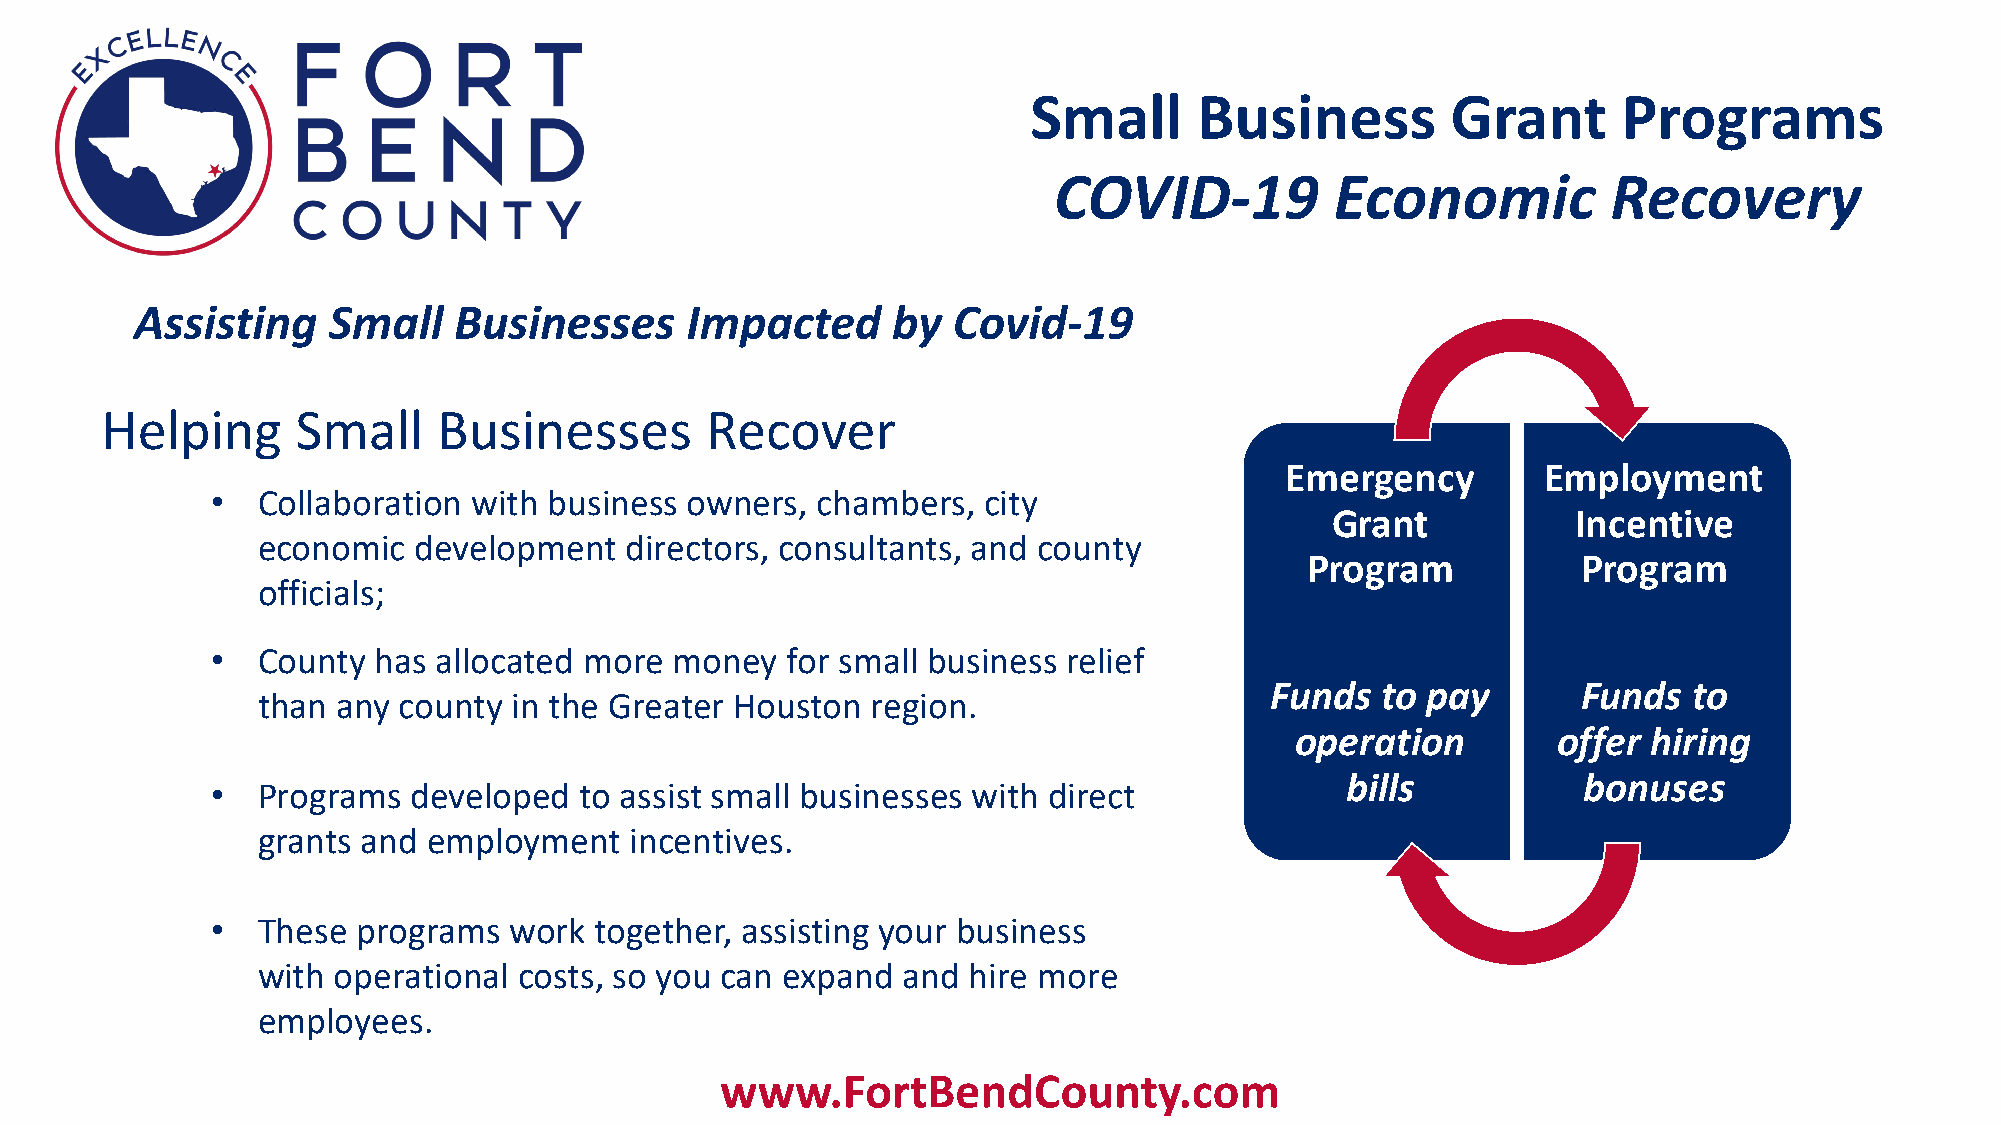
Small      Business         Grant      Programs
 COVID-19          Economic           Recovery
 Assisting    Small   Businesses     Impacted      by  Covid-19
 Helping      Small    Businesses        Recover
 Emergency        Employment
 •  Collaboration with business owners,  chambers,  city
 Grant           Incentive
 economic  development   directors, consultants, and county
 Program            Program
 officials;
 •  County  has allocated more  money  for small business relief
 Funds  to pay        Funds  to
 than any county  in the Greater Houston  region.
 operation        offer hiring
 bills           bonuses
 •  Programs  developed  to assist small businesses with direct
 grants and employment    incentives.
 •  These  programs  work together, assisting your business
 with operational costs, so you can expand  and hire more
 employees.
 www.FortBendCounty.com